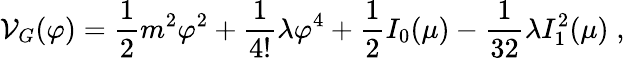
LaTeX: {\cal V}_{G}(\varphi)={\frac{1}{2}}m^{2}\varphi^{2}+{\frac{1}{4!}}\lambda\varphi^{4}+{\frac{1}{2}}I_{0}(\mu)-{\frac{1}{32}}\lambda I_{1}^{2}(\mu)\; ,